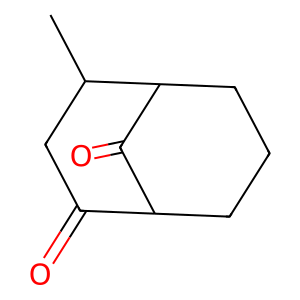
SMILES: CC1CC(=O)C2CCCC1C2=O
Inhibits HIV replication: No